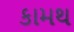
કામથ